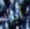
أباك